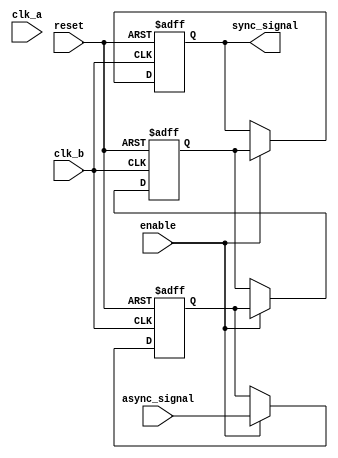
module signal_level_crossing_synchronizer #(
    parameter WIDTH = 1  // Width of the async_signal
)(
    input wire clk_a,                 // Source clock
    input wire clk_b,                 // Destination clock
    input wire [WIDTH-1:0] async_signal, // Asynchronous input signal
    input wire reset,                 // Reset input
    input wire enable,                // Enable signal
    output reg [WIDTH-1:0] sync_signal // Synchronized output signal
);

    // Intermediate signals for synchronization
    reg [WIDTH-1:0] dff1, dff2;

    always @(posedge clk_b or posedge reset) begin
        if (reset) begin
            dff1 <= {WIDTH{1'b0}}; // Initialize to known state on reset
            dff2 <= {WIDTH{1'b0}}; // Initialize to known state on reset
            sync_signal <= {WIDTH{1'b0}}; // Initialize output to known state
        end else if (enable) begin
            dff1 <= async_signal; // First stage of synchronization
            dff2 <= dff1;         // Second stage of synchronization
            sync_signal <= dff2;  // Output the synchronized signal
        end
    end

endmodule